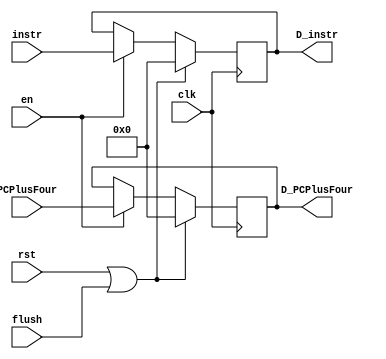
// Chris Kenyon and Brandon Nguyen

`timescale 1ns / 1ns

module IF_ID_reg(en, flush, clk, rst, instr, D_instr, PCPlusFour, D_PCPlusFour);
  input en, flush, rst, clk;
  input [31:0] instr, PCPlusFour;
  output reg[31:0] D_instr, D_PCPlusFour;

  always @ (negedge clk)
  begin
    if(rst || flush)
      begin
        D_instr <= 0;
        D_PCPlusFour <=0;
      end
    else if (en)
      begin
        D_instr <= instr;
        D_PCPlusFour <= PCPlusFour;
      end
  end 
endmodule